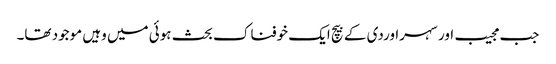
جب مجیب اور سہراوردی کے بیچ ایک خوفناک بحث ہوئی میں وہیں موجود تھا۔